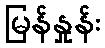
မြန်နှုန်း